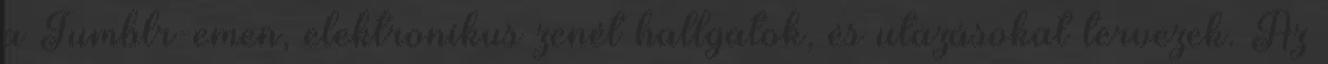
a Tumblr-emen, elektronikus zenét hallgatok, és utazásokat tervezek. Az